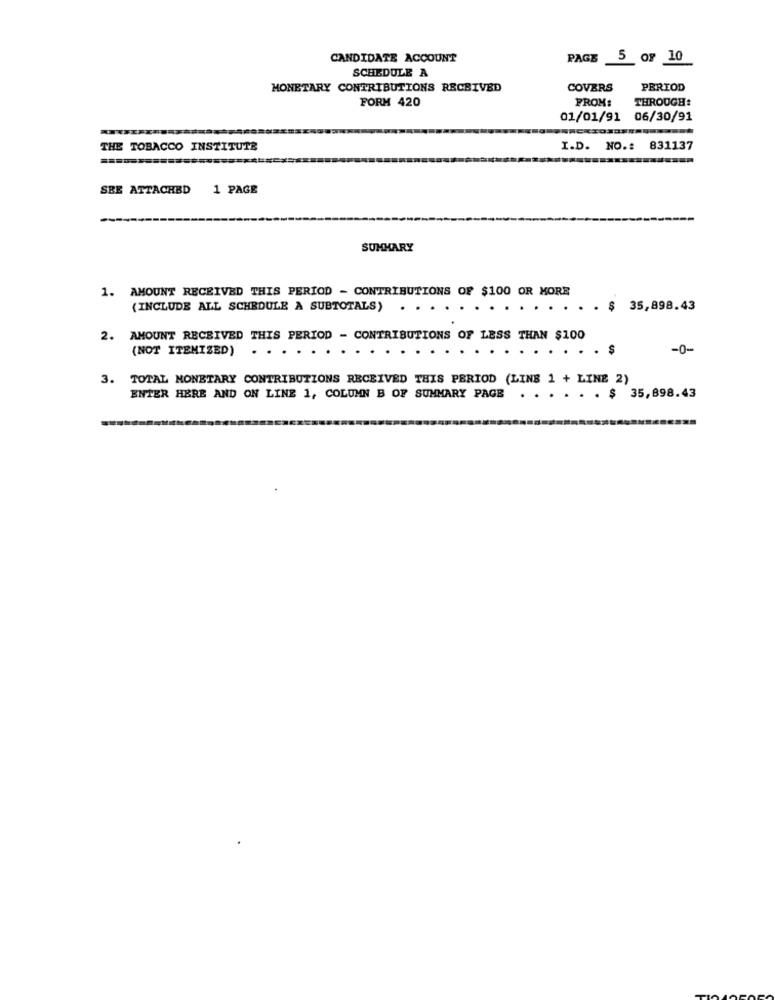
CANDIDATE ACCOUNT
PAGE 5 OF 10
SCHEDULE A
MONETARY CONTRIBUTIONS RECEIVED
COVERS
PERIOD
FORM 420
FROM:
THROUGH:
01/01/91 06/30/91
THE TOBACCO INSTITUTE
I.D. NO .: 831137
SEE ATTACHED
1 PAGE
SUMMARY
1. AMOUNT RECEIVED THIS PERIOD - CONTRIBUTIONS OF $100 OR MORE
(INCLUDE ALL SCHEDULE A SUBTOTALS)
..
$ 35,898.43
2. AMOUNT RECEIVED THIS PERIOD - CONTRIBUTIONS OF LESS THAN $100
(NOT ITEMIZED)
.
.
. . . Ş
-0-
3. TOTAL MONETARY CONTRIBUTIONS RECEIVED THIS PERIOD (LINE 1 + LINE 2)
ENTER HERE AND ON LINE 1, COLUMN B OF SUMMARY PAGE . . . . . . $ 35,898.43